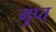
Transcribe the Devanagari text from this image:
गूप्त